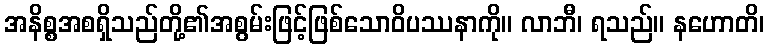
အနိစ္စအစရှိသည်တို့၏အစွမ်းဖြင့်ဖြစ်သောဝိပဿနာကို။ လာဘီ၊ ရသည်။ နဟောတိ၊